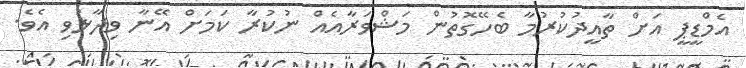
އެމްޑީޕީ އަށް ތާއީދުކުރުމާ ބެހޭގޮތުން މަޝްވަރާއެއް ނުކުރާ ކަމަށް އޭނާ ވިދާޅުވި އެވެ.